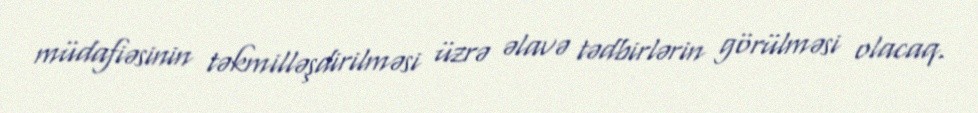
müdafiəsinin təkmilləşdirilməsi üzrə əlavə tədbirlərin görülməsi olacaq.